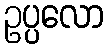
ဥပ္ပလော